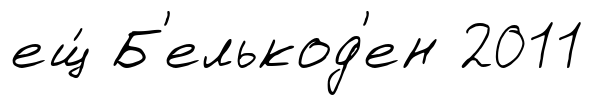
ещ́ Б'елькод'ен 2011